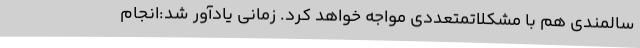
سالمندی هم با مشکلاتمتعددی مواجه خواهد کرد. زمانی یادآور شد:انجام